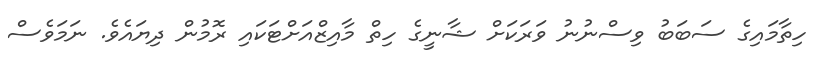
ހިތާމައިގެ ސަބަބު ވިސްނުނު ވަރަކަށް ޝާނީގެ ހިތް މާއިޒްއަށްޓަކައި ރޮމުން ދިޔައެވެ. ނަމަވެސް